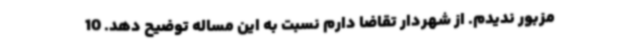
مزبور ندیدم. از شهردار تقاضا دارم نسبت به این مساله توضیح دهد. 10